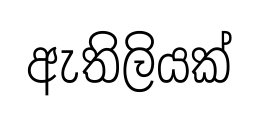
ඇතිලියක්